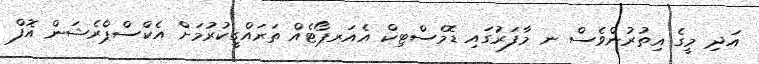
އަދި މީގެ އިތުރުންވެސް ނ މާފަރަުގައި ޑޮމެސްޓިކް އެއަރޕޯޓެއް ތަރައްގީކުރުމަށް އެކްސްޕްރެޝަން އޮފް